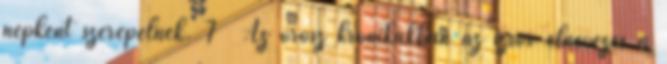
népként szerepelnek. 7 Az orosz krónikákban az izsor elnevezés a